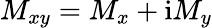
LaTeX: M_{xy}=M_{x}+\mathrm{i}M_{y}